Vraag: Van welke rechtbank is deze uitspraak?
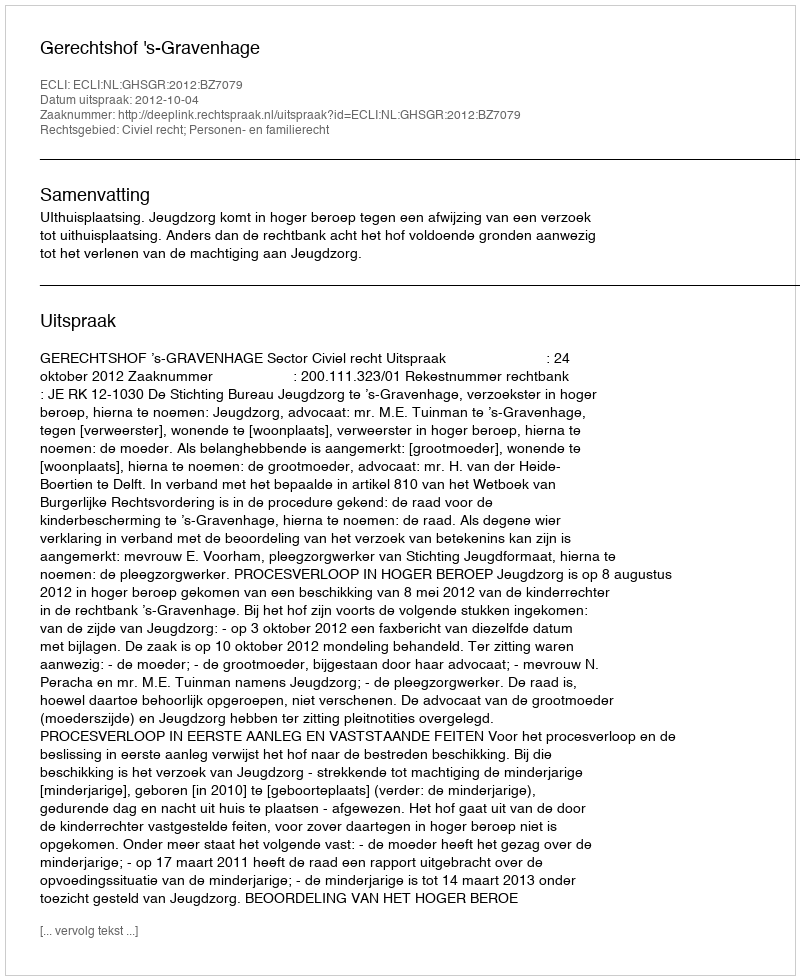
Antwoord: Gerechtshof 's-Gravenhage